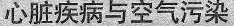
心脏疾病与空气污染